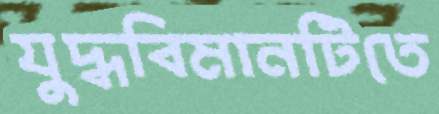
যুদ্ধবিমানটিতে